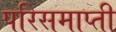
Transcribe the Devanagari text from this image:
परिसमाप्ती